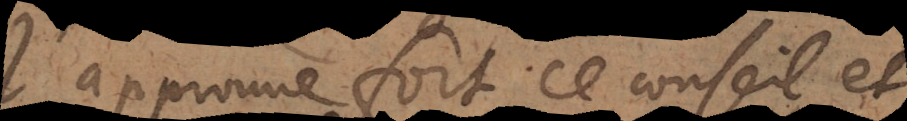
J’approuve fort ce conseil, et